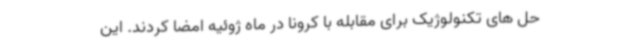
حل های تکنولوژیک برای مقابله با کرونا در ماه ژوئیه امضا کردند. این